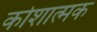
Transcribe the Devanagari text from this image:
कोशात्मक